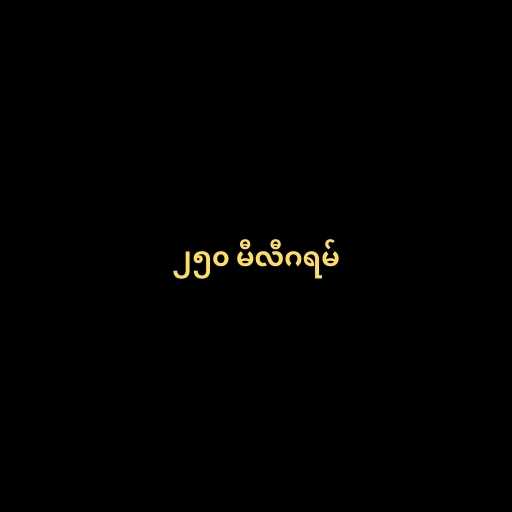
၂၅၀ မီလီဂရမ်